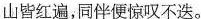
\underline{山皆红遍，同伴便惊叹不迭。}